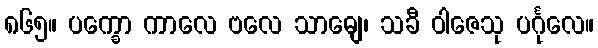
၈၆၅။ ပက္ခော ကာလေ ဗလေ သာဓျေ၊ သခီ ဝါဇေသု ပင်္ဂုလေ။